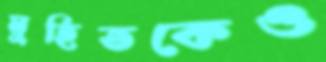
মুহিতকেও